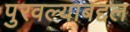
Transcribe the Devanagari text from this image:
पुरवल्याबद्दल